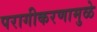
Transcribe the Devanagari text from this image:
परागीकरणामुळे